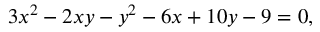
3 x ^ { 2 } - 2 x y - y ^ { 2 } - 6 x + 1 0 y - 9 = 0 ,